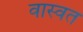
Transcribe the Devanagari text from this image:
वास्वत